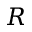
R